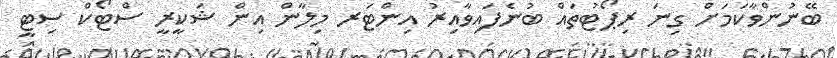
ބޭނުންވާކަމަށް ގިނަ ރިޕޯޓުތައް ބުނެފައިވާއިރު އިންޓަރ މިލާން އިން ޝަކީރީ ސްޓޯކް ސިޓީ